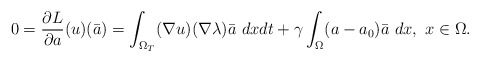
\begin{align*} 0 = \frac{\partial L}{\partial a}(u)(\bar{a}) = \int_{\Omega_T} (\nabla u) (\nabla \lambda) \bar{a} ~dxdt +\gamma \int_{\Omega} (a - a_0) \bar{a}~dx,~ x \in \Omega.\end{align*}